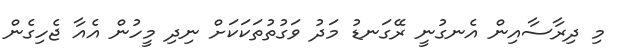
މި ދިރާސާއިން އެނގުނީ ރޭގަނޑު މަދު ވަގުތުތަކަކަށް ނިދި މީހުން އެއާ ޖެހިގެން